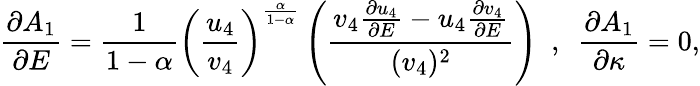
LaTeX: \frac{\partial A_{1}}{\partial E}=\frac{1}{1-\alpha}\left(\frac{u_{4}}{v_{4}}\right)^{\frac{\alpha}{1-\alpha}}\left(\frac{v_{4}\frac{\partial u_{4}}{\partial E}-u_{4}\frac{\partial v_{4}}{\partial E}}{(v_{4})^{2}}\right)~~,~~\frac{\partial A_{1}}{\partial\kappa}=0,